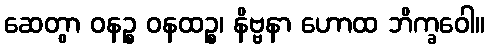
ဆေတွာ ဝနဉ္စ ဝနထဉ္စ၊ နိဗ္ဗနာ ဟောထ ဘိက္ခဝေါ။